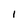
Character: 1